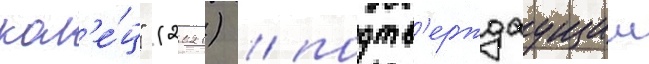
кол'е́ц" (2021) / подтв'ерждаущии